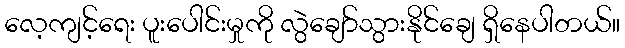
လေ့ကျင့်ရေး ပူးပေါင်းမှုကို လွဲချော်သွားနိုင်ချေ ရှိနေပါတယ်။